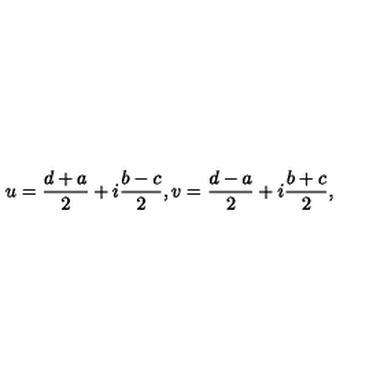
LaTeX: u = \frac { d + a } { 2 } + i \frac { b - c } { 2 } , v = \frac { d - a } { 2 } + i \frac { b + c } { 2 } ,